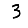
Digit: 3